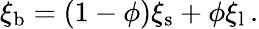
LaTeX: \xi_{\mathrm{b}}=\left(1-\phi\right)\xi_{\mathrm{s}}+\phi\xi_{\mathrm{l}}\, .